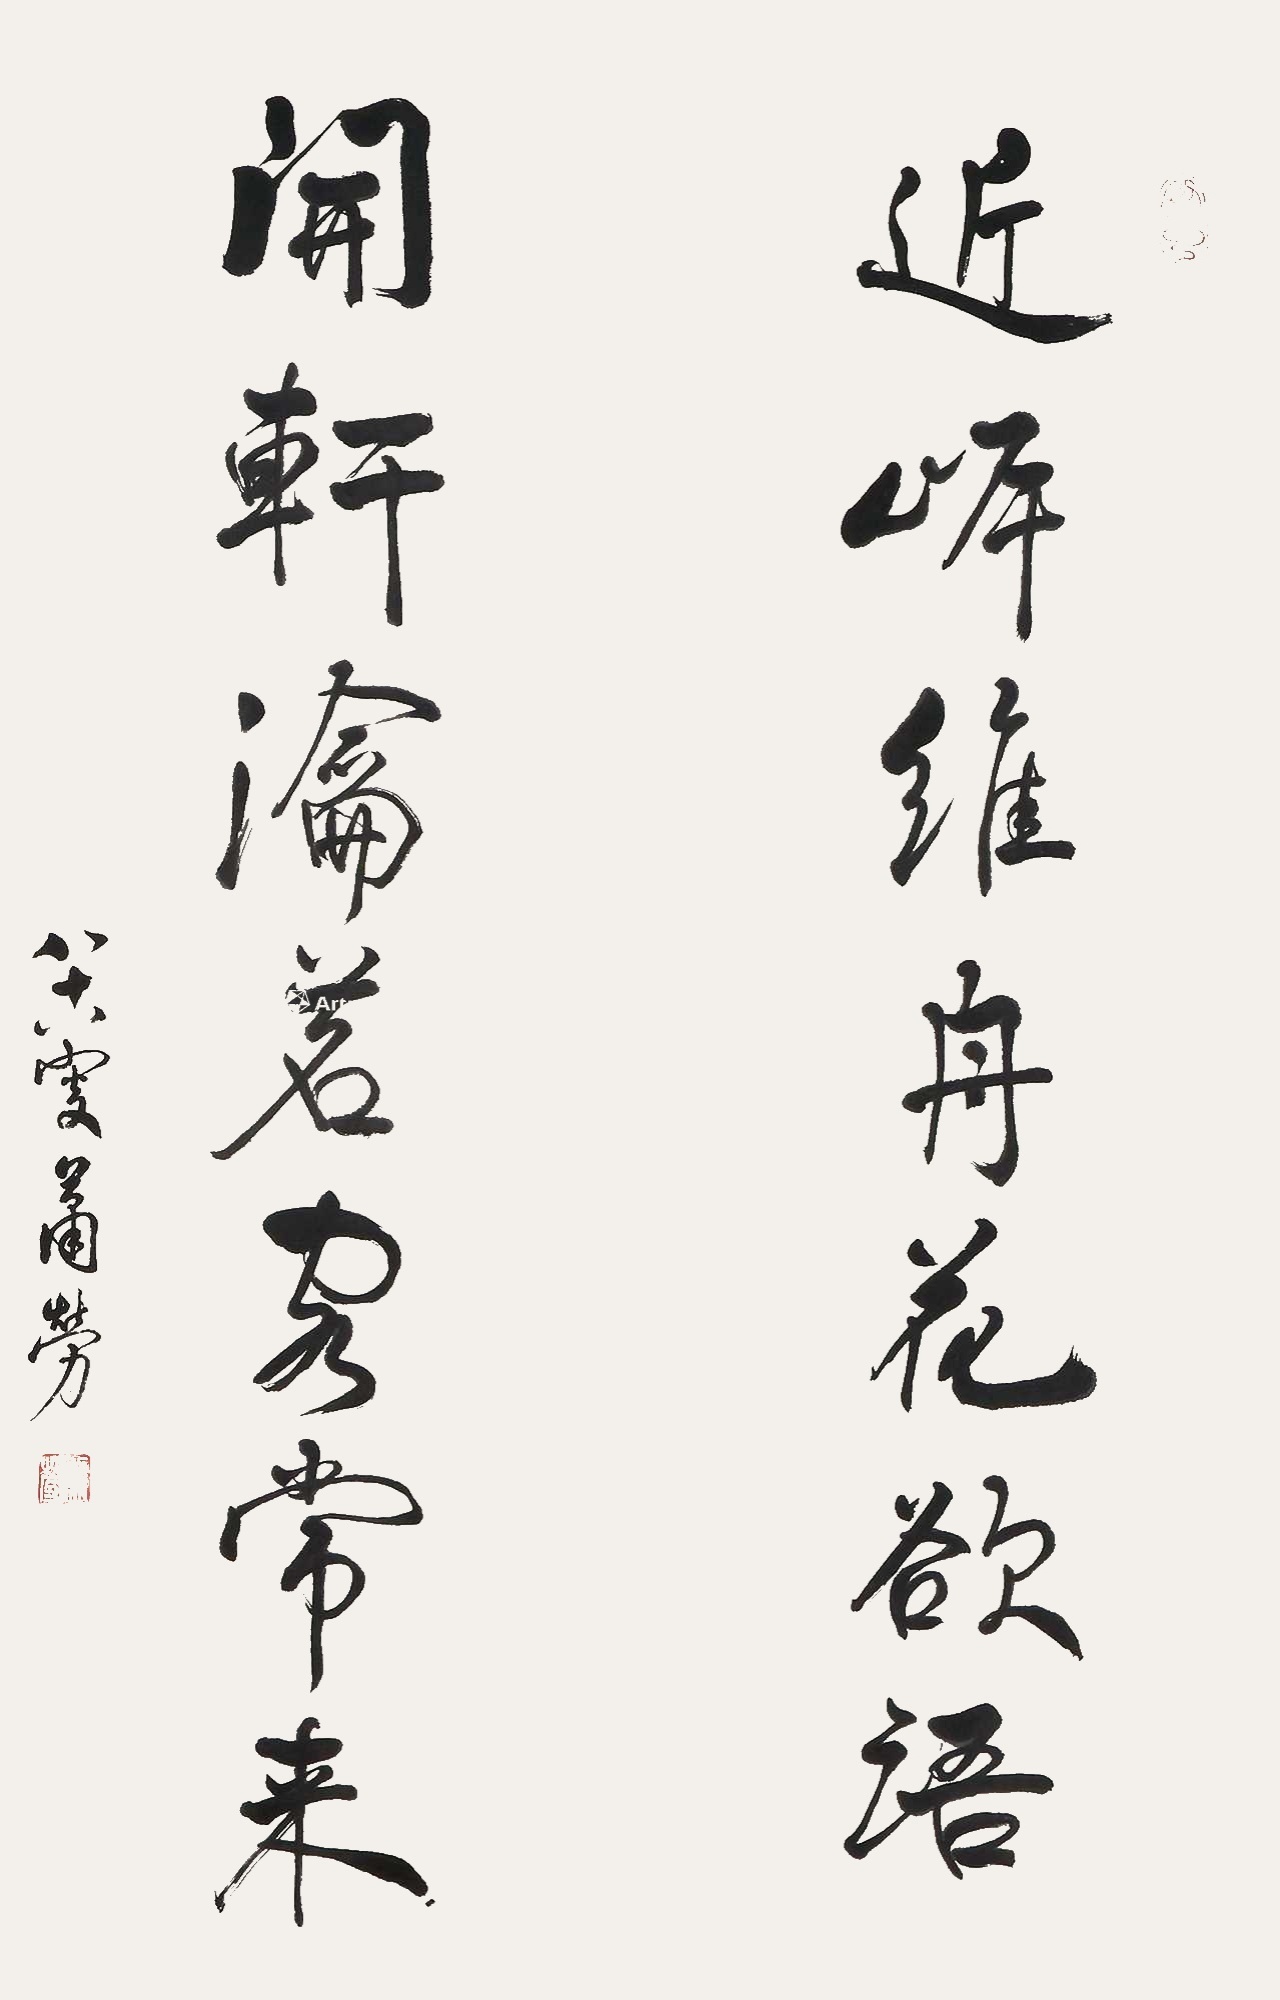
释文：近岸维舟花欲语，开轩沦茗客常来。八十八叟萧劳。